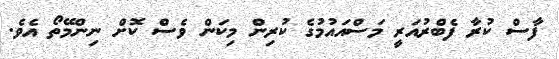
ފާސް ކުރާ ފެބްރުއަރީ މަސްއައުމުގެ ކުރިން މިކަން ވެސް ކޮށް ނިންމޭތޯ އެވެ.